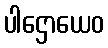
ပါဌောယေဝ